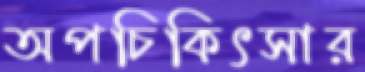
অপচিকিৎসার